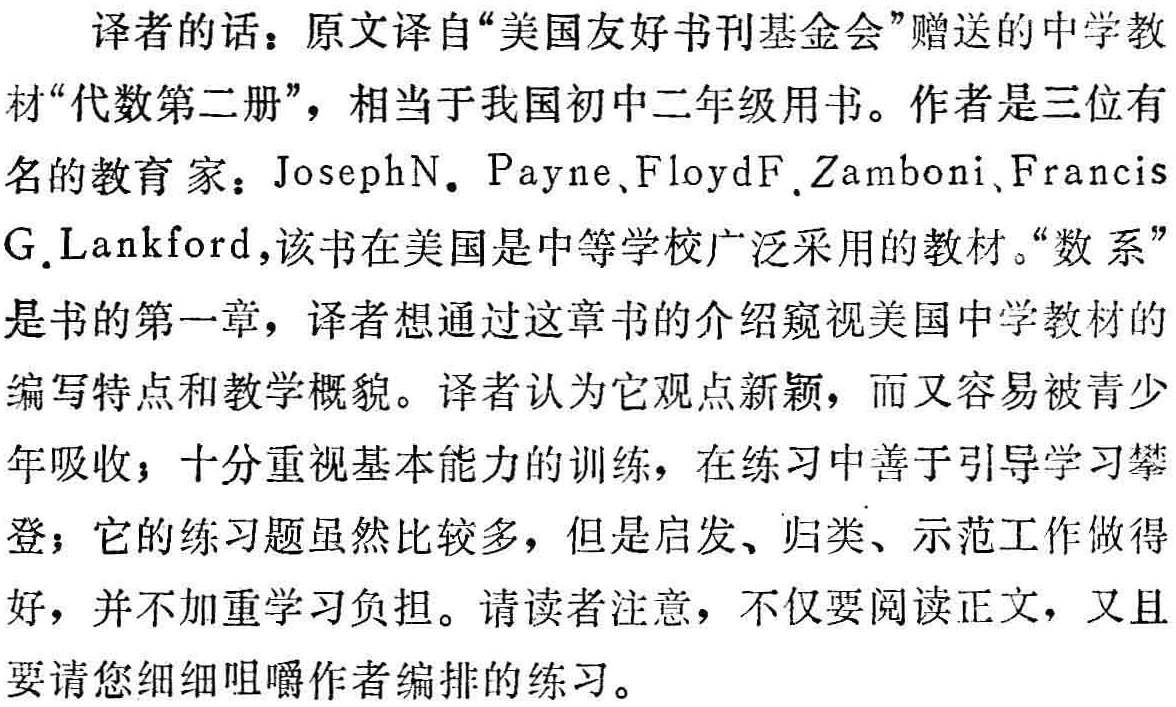
译者的话：原文译自“美国友好书刊基金会”赠送的中学教材“代数第二册”，相当于我国初中二年级用书。作者是三位有名的教育家：JosephN. Payne、FloydF.Zamboni、FrancisG.Lankford，该书在美国是中等学校广泛采用的教材。“数系”是书的第一章，译者想通过这章书的介绍窥视美国中学教材的编写特点和教学概貌。译者认为它观点新颖，而又容易被青少年吸收；十分重视基本能力的训练，在练习中善于引导学习攀登；它的练习题虽然比较多，但是启发、归类、示范工作做得好，并不加重学习负担。请读者注意，不仅要阅读正文，又且要请您细细咀嚼作者编排的练习。